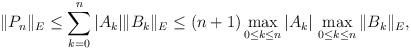
LaTeX: \begin{align*}\|P_n\|_E \le \sum_{k=0}^n |A_k| \|B_k\|_E \le (n+1) \max_{0\le k\le n} |A_k| \, \max_{0\le k\le n} \|B_k\|_E,\end{align*}